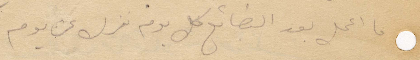
ما اعمال بعد البضائع كل يوم تنزل عن يوم